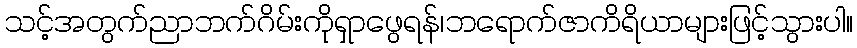
သင့်အတွက်ညာဘက်ဂိမ်းကိုရှာဖွေရန်၊ဘရောက်ဇာကိရိယာများဖြင့်သွားပါ။